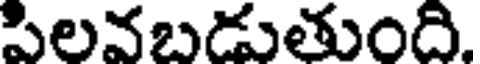
పిలవబడుతుంది.